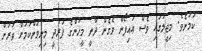
ކަމަށެވެ. މިޖީލުގައި ވެސް އައިފޯން ވެގެން ދާނީ މީހުންގެ ފަރުދީ މިނިވަންކަމަށް ވަރަށް